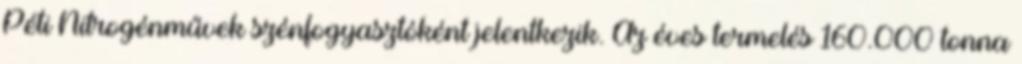
Péti Nitrogénművek szénfogyasztóként jelentkezik. Az éves termelés 160.000 tonna